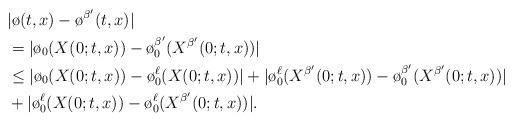
LaTeX: \begin{align*}&|\o (t,x) - \o^{\beta^\prime} (t,x)|\\& = |\o_0(X(0;t,x)) - \o^{\beta^\prime} _0 (X^{\beta^\prime} (0;t,x))|\\& \leq |\o_0(X(0;t,x)) - \o^\ell_0 (X(0;t,x))| + |\o_0^\ell (X^{\beta^\prime} (0;t,x)) - \o_0^{\beta^\prime} (X^{\beta^\prime} (0;t,x))|\\&+ |\o^\ell_0(X(0;t,x)) - \o^\ell_0 (X^{\beta^\prime} (0;t,x))|. \end{align*}